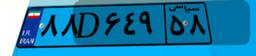
۷۲D۲۴۸۵۹